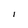
Character: I